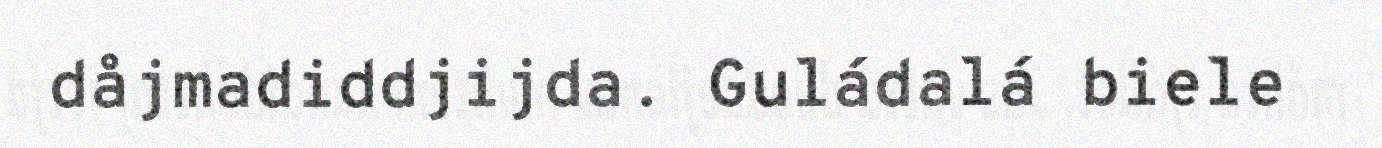
dåjmadiddjijda. Guládalá biele